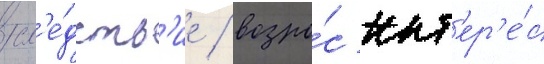
сл'е́дств'ие / возро́с инт'ер'е́с